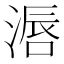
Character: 滣